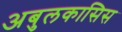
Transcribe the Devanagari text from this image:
अबुलकासिस